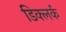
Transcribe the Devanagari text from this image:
डिक्लर्क